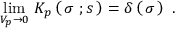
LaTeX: \operatorname * { l i m } _ { V _ { p } \to 0 } \, K _ { p } \left( \, \sigma \ ; s \, \right) = \delta \left( \, \sigma \, \right) \ .